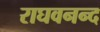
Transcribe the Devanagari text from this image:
राघवनन्द